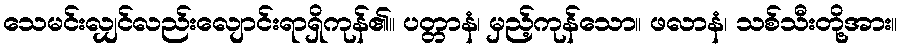
သေမင်းလျှင်လည်းလျောင်းရာရှိကုန်၏။ ပတ္တာနံ၊ မှည့်ကုန်သော။ ဖလာနံ၊ သစ်သီးတို့အား။